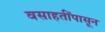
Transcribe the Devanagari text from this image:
वसाहतींपासून